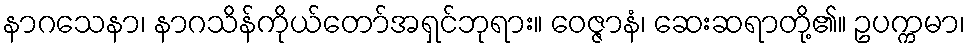
နာဂသေနာ၊ နာဂသိန်ကိုယ်တော်အရှင်ဘုရား။ ဝေဇ္ဇာနံ၊ ဆေးဆရာတို့၏။ ဥပက္ကမာ၊